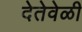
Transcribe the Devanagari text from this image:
देतेवेळी